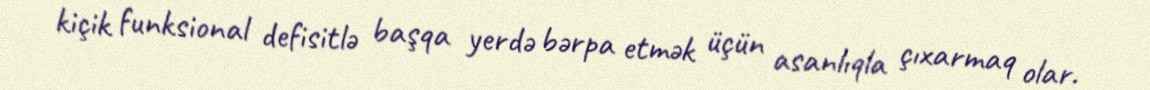
kiçik funksional defisitlə başqa yerdə bərpa etmək üçün asanlıqla çıxarmaq olar.